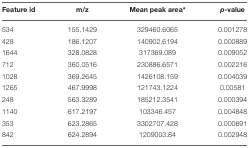
<table><thead><tr><td><b>Feature id</b></td><td><b>m/z</b></td><td><b>Mean peak area<sup>*</sup></b></td><td><b><i>p</i>-value</b></td></tr></thead><tbody><tr><td>534</td><td>155.1429</td><td>329460.6065</td><td>0.001278</td></tr><tr><td>428</td><td>186.1207</td><td>140902.6194</td><td>0.000889</td></tr><tr><td>1644</td><td>328.0828</td><td>317369.089</td><td>0.009052</td></tr><tr><td>712</td><td>360.0516</td><td>230886.6571</td><td>0.002216</td></tr><tr><td>1028</td><td>369.2645</td><td>1426108.159</td><td>0.004039</td></tr><tr><td>1265</td><td>467.9998</td><td>121743.1224</td><td>0.00581</td></tr><tr><td>248</td><td>563.3289</td><td>185212.3541</td><td>0.000394</td></tr><tr><td>1140</td><td>617.2197</td><td>103346.457</td><td>0.004848</td></tr><tr><td>353</td><td>623.2865</td><td>3302707.428</td><td>0.000691</td></tr><tr><td>842</td><td>624.2894</td><td>1209003.84</td><td>0.002948</td></tr></tbody></table>